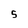
Character: 5